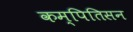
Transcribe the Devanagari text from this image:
कम्पितिसन